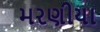
મરણીયા